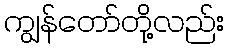
ကျွန်တော်တို့လည်း